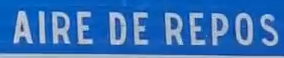
AIRE DE REPOS